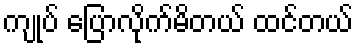
ကျုပ် ပြောလိုက်မိတယ် ထင်တယ်